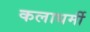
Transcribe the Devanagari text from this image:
कलाधर्मी